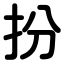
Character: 扮